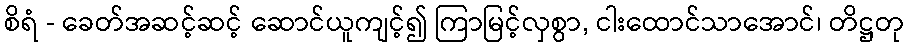
စိရံ - ခေတ်အဆင့်ဆင့် ဆောင်ယူကျင့်၍ ကြာမြင့်လှစွာ, ငါးထောင်သာအောင်၊ တိဋ္ဌတု